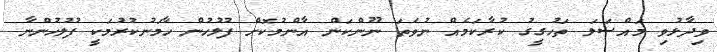
ވިދާޅުވި މައްސަލަ ތަހުގީގު ކުރާކަމެއް ނުވަތަ ނޫންކަން އާންމުކޮށް ފުލުހުން ހާމަނުކުރުމަކީ ފުލުހުންނާ